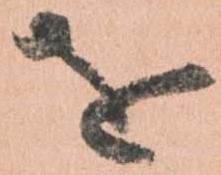
を